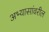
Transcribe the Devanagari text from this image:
अभ्यासांवरील